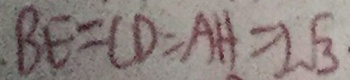
B E = C D = A H = 2 \sqrt { 3 } \cdot